Annual administration report of the Civil Veterinary Department of India - 1903-1904
Year: 1903
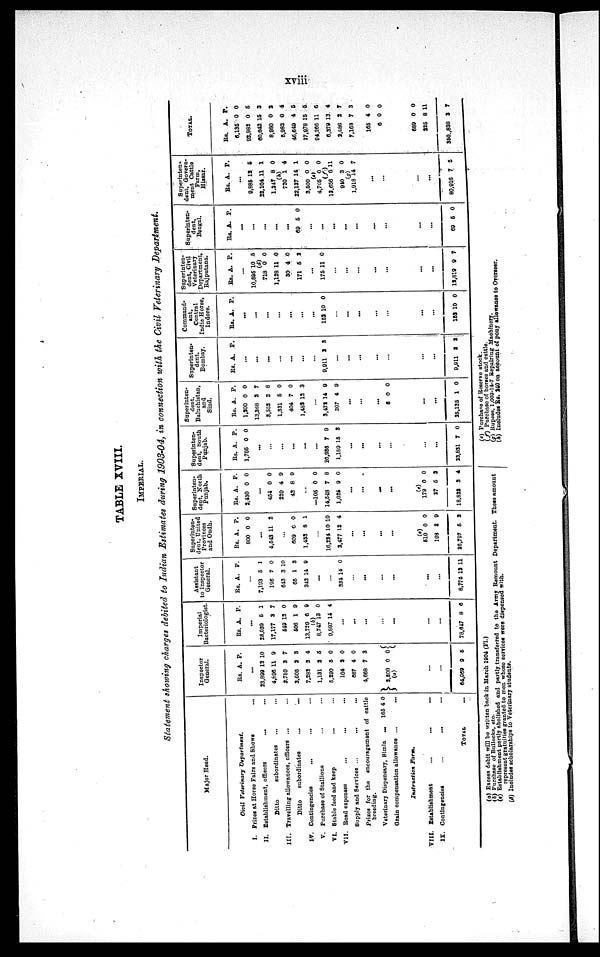
xviii
TABLE XVIII.
IMPERIAL.
Statement showing charges debited to Indian Estimates during 1903-04, in connection with the Civil Veterinary Department.
Major Head.
Civil Veterinary Department.
I. Prizes at Horse Fairs and Shows ...
II. Establishment, officers
... ...
Ditto
subordinates ... ...
III.
Travelling allowances, officers ... ...
Ditto
subordinates
...
...
IV. Contingencies ... ... ...
V. Purchase of Stallions ... ...
VI. Stable feed and keep ... ...
VII. Road expenses ... ... ...
Supply and Services ...
... ...
Prizes for the encouragement of cattle
breeding.
Veterinary Dispensary, Simla
...
165 4 0
Grain compensation allowance ... ...
Instruction
Farm.
VIII. Establishment ... ... ...
IX. Contingencies
...
...
...
TOTAL ...
Inspector
General.
Rs. A. P.
...
23,899
4,896
3,759
3,605
7,282
1,131
5,200
104
667
4,668
2,500
(a)
12
11
3
2
2
3
5
2
4
7
0
10
9
7
3
4
6
9
0
0
3
0
...
...
64,969 9 5
Imperial
Bacteriologist.
Rs. A. P.
...
28.039
17,177
549
506
13,729
(b)
8,747
9,897
5
3
12
1
6
13
14
1
7
0
9
9
0
4
...
...
...
...
...
...
...
78,647 8 6
Assistant
to Inspector
General.
Rs. A. P.
...
7,193
196
643
65
342
5
7
3
1
14
1
0
10
3
9
...
...
334 14 0
...
...
...
...
...
...
8,775 13 11
Superinten-
dent, United
Provinces
and Oudh.
Rs.
800
A.
0
P.
0
...
4,543 11 2
...
609
1,433
6
8
0
1
...
10,224
2,477
10
13
10
4
...
...
...
...
(c)
510
198
26,797
0
3
5
0
9
2
Superinten-
dent, North
Punjab.
Rs.
2,430
A.
0
P.
0
...
454
220
42
0
4
8
0
9
9
...
—105
14,548
1,025
0
7
2
0
8
0
...
...
...
...
(e)
179
27
18,822
0
5
3
0
2
4
Superinten-
dent, South
Punjab.
Rs.
1,705
A.
0
P.
0
...
...
...
...
...
...
20,936
1,189
7
15
9
3
...
...
...
...
...
...
23,831 7 0
Superinten-
dent.
Baluchistan,
and
Sind.
Rs.
1,200
13,368
3,552
1,331
404
1,482
A.
0
3
2
5
7
12
P.
0
7
8
0
0
3
...
3,473
307
14
4
9
9
...
...
...
6 0 0
...
...
25,125 1 0
Superinten-
dent,
Bombay.
Rs. A. P.
...
...
...
...
...
...
...
9,911 3 3
...
...
...
...
...
...
...
9,911 3 3
Command-
ant,
Central
India Horse,
Indore.
Rs. A. P.
...
...
...
...
...
...
...
152 10 0
...
...
...
...
...
...
...
152 10 0
Superinten-
dent, Civil
Veterinary
Department,
Rajputana.
Rs. A. P.
...
10,595
(d)
718
1,128
30
171
10
0
11
4
5
5
0
0
0
2
...
175 11 0
...
...
...
...
...
...
...
12,819 9 7
Superiten¬
dent,
Bengal.
Rs. A. P.
...
...
...
...
...
69 5 0
...
...
...
...
...
...
...
...
...
69 5 0
Superinten¬
dent, Govern¬
ment Cattle
Farm,
Hissar.
Rs. A. P.
...
9,885
22,104
1,347
(h)
720
22,137
3,500
(e)
4,705
(f)
13,656
940
(g)
1,918
12
11
8
1
14
0
0
6
3
14
5
1
0
4
1
0
0
11
0
7
...
...
...
...
80,916 7 5
TOTAL.
Rs.
6,135
92,982
60,642
8,980
5,983
46,649
17,978
94,266
5,379
2,586
7,168
165
6
A.
0
0
15
0
0
4
15
11
13
2
7
4
0
P.
0
5
3
2
4
5
5
6
4
7
3
0
0
689
225
350,838
0
8
3
0
11
7
(a) Excess debit will be written back in March 1904 (F1.)
(b) Purchase of Bullocks, etc.
(c) Establishment partly abolished and partly transferred to the Army Remount Department. These amount
represent gratuities granted to men whose services were dispensed with.
(d) Includes scholarships to Veterinary students.
(e) Purchase of Reserve stock.
(f) Purchase of horses and cattle.
(g) Rupees. 1,003-14-7 Repairing Machinery.
(h) Includes Rs. 240 on account of pony allowance to Overseer.